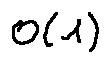
o ( 1 )